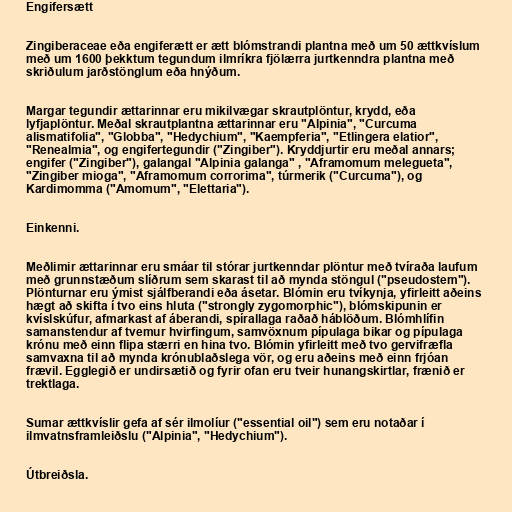
Engifersætt

Zingiberaceae eða engiferætt er ætt blómstrandi plantna með um 50 ættkvíslum
með um 1600 þekktum tegundum ilmríkra fjölærra jurtkenndra plantna með
skriðulum jarðstönglum eða hnýðum.

Margar tegundir ættarinnar eru mikilvægar skrautplöntur, krydd, eða
lyfjaplöntur. Meðal skrautplantna ættarinnar eru "Alpinia", "Curcuma
alismatifolia", "Globba", "Hedychium", "Kaempferia", "Etlingera elatior",
"Renealmia", og engifertegundir ("Zingiber"). Kryddjurtir eru meðal annars;
engifer ("Zingiber"), galangal "Alpinia galanga" , "Aframomum melegueta",
"Zingiber mioga", "Aframomum corrorima", túrmerik ("Curcuma"), og
Kardimomma ("Amomum", "Elettaria").

Einkenni.

Meðlimir ættarinnar eru smáar til stórar jurtkenndar plöntur með tvíraða laufum
með grunnstæðum slíðrum sem skarast til að mynda stöngul ("pseudostem").
Plönturnar eru ýmist sjálfberandi eða ásetar. Blómin eru tvíkynja, yfirleitt aðeins
hægt að skifta í tvo eins hluta ("strongly zygomorphic"), blómskipunin er
kvíslskúfur, afmarkast af áberandi, spírallaga raðað háblöðum. Blómhlífin
samanstendur af tvemur hvirfingum, samvöxnum pípulaga bikar og pípulaga
krónu með einn flipa stærri en hina tvo. Blómin yfirleitt með tvo gervifræfla
samvaxna til að mynda krónublaðslega vör, og eru aðeins með einn frjóan
frævil. Egglegið er undirsætið og fyrir ofan eru tveir hunangskirtlar, frænið er
trektlaga.

Sumar ættkvíslir gefa af sér ilmolíur ("essential oil") sem eru notaðar í
ilmvatnsframleiðslu ("Alpinia", "Hedychium").

Útbreiðsla.